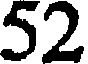
52